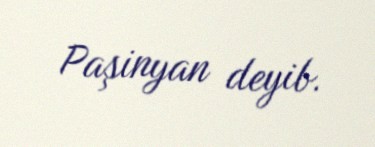
Paşinyan deyib.